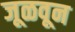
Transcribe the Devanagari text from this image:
जूळवून